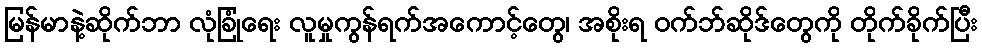
မြန်မာနဲ့ဆိုက်ဘာ လုံခြုံရေး လူမှုကွန်ရက်အကောင့်တွေ၊ အစိုးရ ဝက်ဘ်ဆိုဒ်တွေကို တိုက်ခိုက်ပြီး